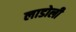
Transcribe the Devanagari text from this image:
लाडोली